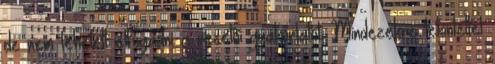
de nem lehetett elfogadni a vezetői gyakorlatot. Mindezekre tekintettel